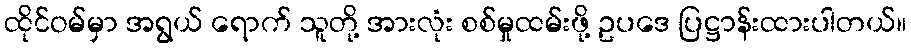
ထိုင်ဝမ်မှာ အရွယ် ရောက် သူတို့ အားလုံး စစ်မှုထမ်းဖို့ ဥပဒေ ပြဋ္ဌာန်းထားပါတယ်။